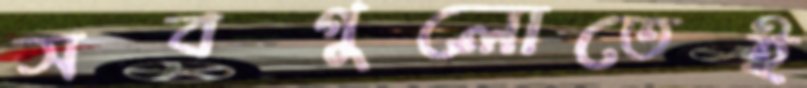
সবগুলোতেই